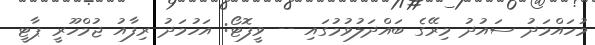
މުހައްމަދު ސައުދު މިރޭގެ ބައްދަލުވުމުގައި -- ވީފޮޓޯ: އަހުމަދު ރިފާއު ޖުމްހޫރީ ޕާޓީ